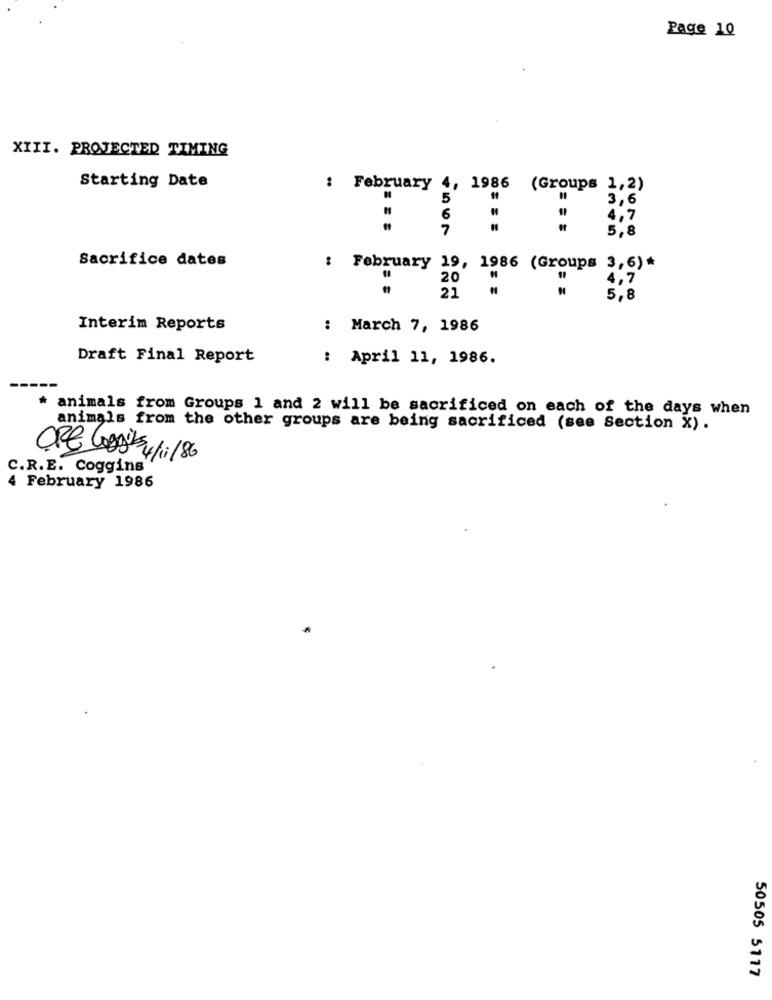
Page 10
XIII. PROJECTED TIMING
Starting Date
: February 4, 1986 (Groups 1,2)
3,6
4,7
5,8
4567
Sacrifice dates
: February 19, 1986 (Groups 3,6)*
20
4,7
21
5,8
Interim Reports
: March 7, 1986
Draft Final Report
: April 11, 1986.
* animals from Groups 1 and 2 will be sacrificed on each of the days when
animals from the other groups are being sacrificed (see Section X).
ORE Costs 4/i/86
C.R.E. Coggins"
4 February 1986
50505 5117